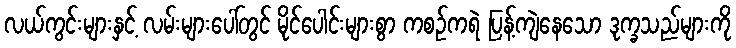
လယ်ကွင်းများနှင့် လမ်းများပေါ်တွင် မိုင်ပေါင်းများစွာ ကစဉ်ကရဲ ပြန့်ကျဲနေသော ဒုက္ခသည်များကို